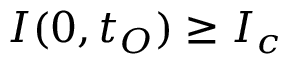
I ( 0 , t _ { O } ) \geq I _ { c }